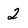
Character: 2